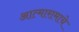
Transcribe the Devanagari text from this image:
आत्मारामाचे